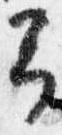
予